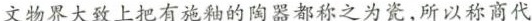
文物界大致上把有施釉的陶器都称之为瓷，所以称商代